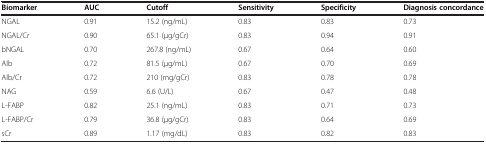
| Biomarker | AUC | Cutoff | Sensitivity | Specificity | Diagnosis concordance |
 | --- | --- | --- | --- | --- | --- |
 | NGAL | 0.91 | 15.2 (ng/mL) | 0.83 | 0.83 | 0.73 |
 | NGAL/Cr | 0.90 | 65.1 (μg/gCr) | 0.83 | 0.94 | 0.91 |
 | bNGAL | 0.70 | 267.8 (ng/mL) | 0.67 | 0.64 | 0.60 |
 | Alb | 0.72 | 81.5 (μg/mL) | 0.67 | 0.70 | 0.69 |
 | Alb/Cr | 0.72 | 210 (mg/gCr) | 0.83 | 0.78 | 0.78 |
 | NAG | 0.59 | 6.6 (U/L) | 0.67 | 0.47 | 0.48 |
 | L-FABP | 0.82 | 25.1 (ng/mL) | 0.83 | 0.71 | 0.73 |
 | L-FABP/Cr | 0.79 | 36.8 (μg/gCr) | 0.83 | 0.64 | 0.69 |
 | sCr | 0.89 | 1.17 (mg/dL) | 0.83 | 0.82 | 0.83 |